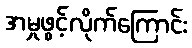
အမှုဖွင့်လိုက်ကြောင်း